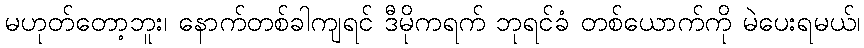
မဟုတ်တော့ဘူး၊ နောက်တစ်ခါကျရင် ဒီမိုကရက် ဘုရင်ခံ တစ်ယောက်ကို မဲပေးရမယ်၊